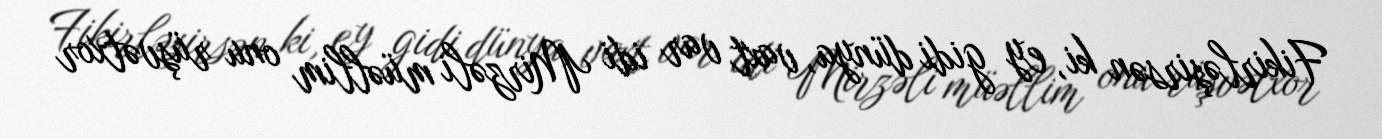
Fikirləşirsən ki, ey gidi dünya, vaxt var idi Mirzəli müəllim onu rüşvətxor